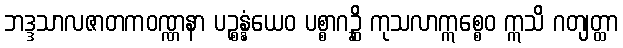
ဘဒ္ဒသာလဇာတကဝဏ္ဏနာ ပဉ္စန္နံယေဝ ပစ္စာဂဉ္ဆိ ကုသလာဣစ္စေဝ ဣသိ ဂတျတ္ထာ